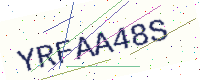
Text: YRFAA48S